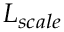
L _ { s c a l e }